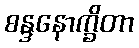
စန္ဒနောက္ခိတာ